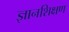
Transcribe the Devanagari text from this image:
ज्ञानशिक्षण